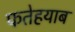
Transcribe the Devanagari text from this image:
फतेहयाब